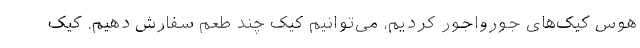
هوس کیک‌های جورواجور کردیم، می‌توانیم کیک چند طعم سفارش دهیم. کیک